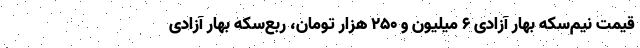
قیمت نیم‌سکه بهار آزادی 6 میلیون و 250 هزار تومان، ربع‌سکه بهار آزادی